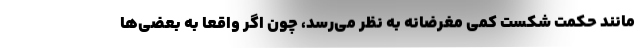
مانند حکمتِ شکست کمی مغرضانه به نظر می‌رسد، چون اگر واقعاً به بعضی‌ها